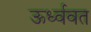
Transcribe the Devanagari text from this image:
ऊर्ध्ववत